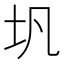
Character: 𪢵